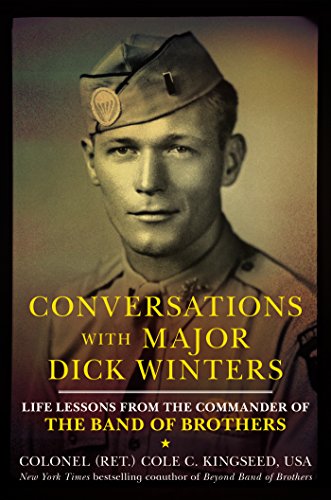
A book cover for Conversations with Major Dick Winters: Life Lessons from the Commander of the Band of Brothers; Cole C. Kingseed; History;